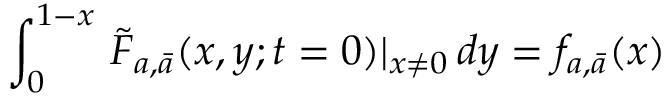
\int _ { 0 } ^ { 1 - x } \, \tilde { F } _ { a , \bar { a } } ( x , y ; t = 0 ) | _ { x \neq 0 } \, d y = f _ { a , \bar { a } } ( x )